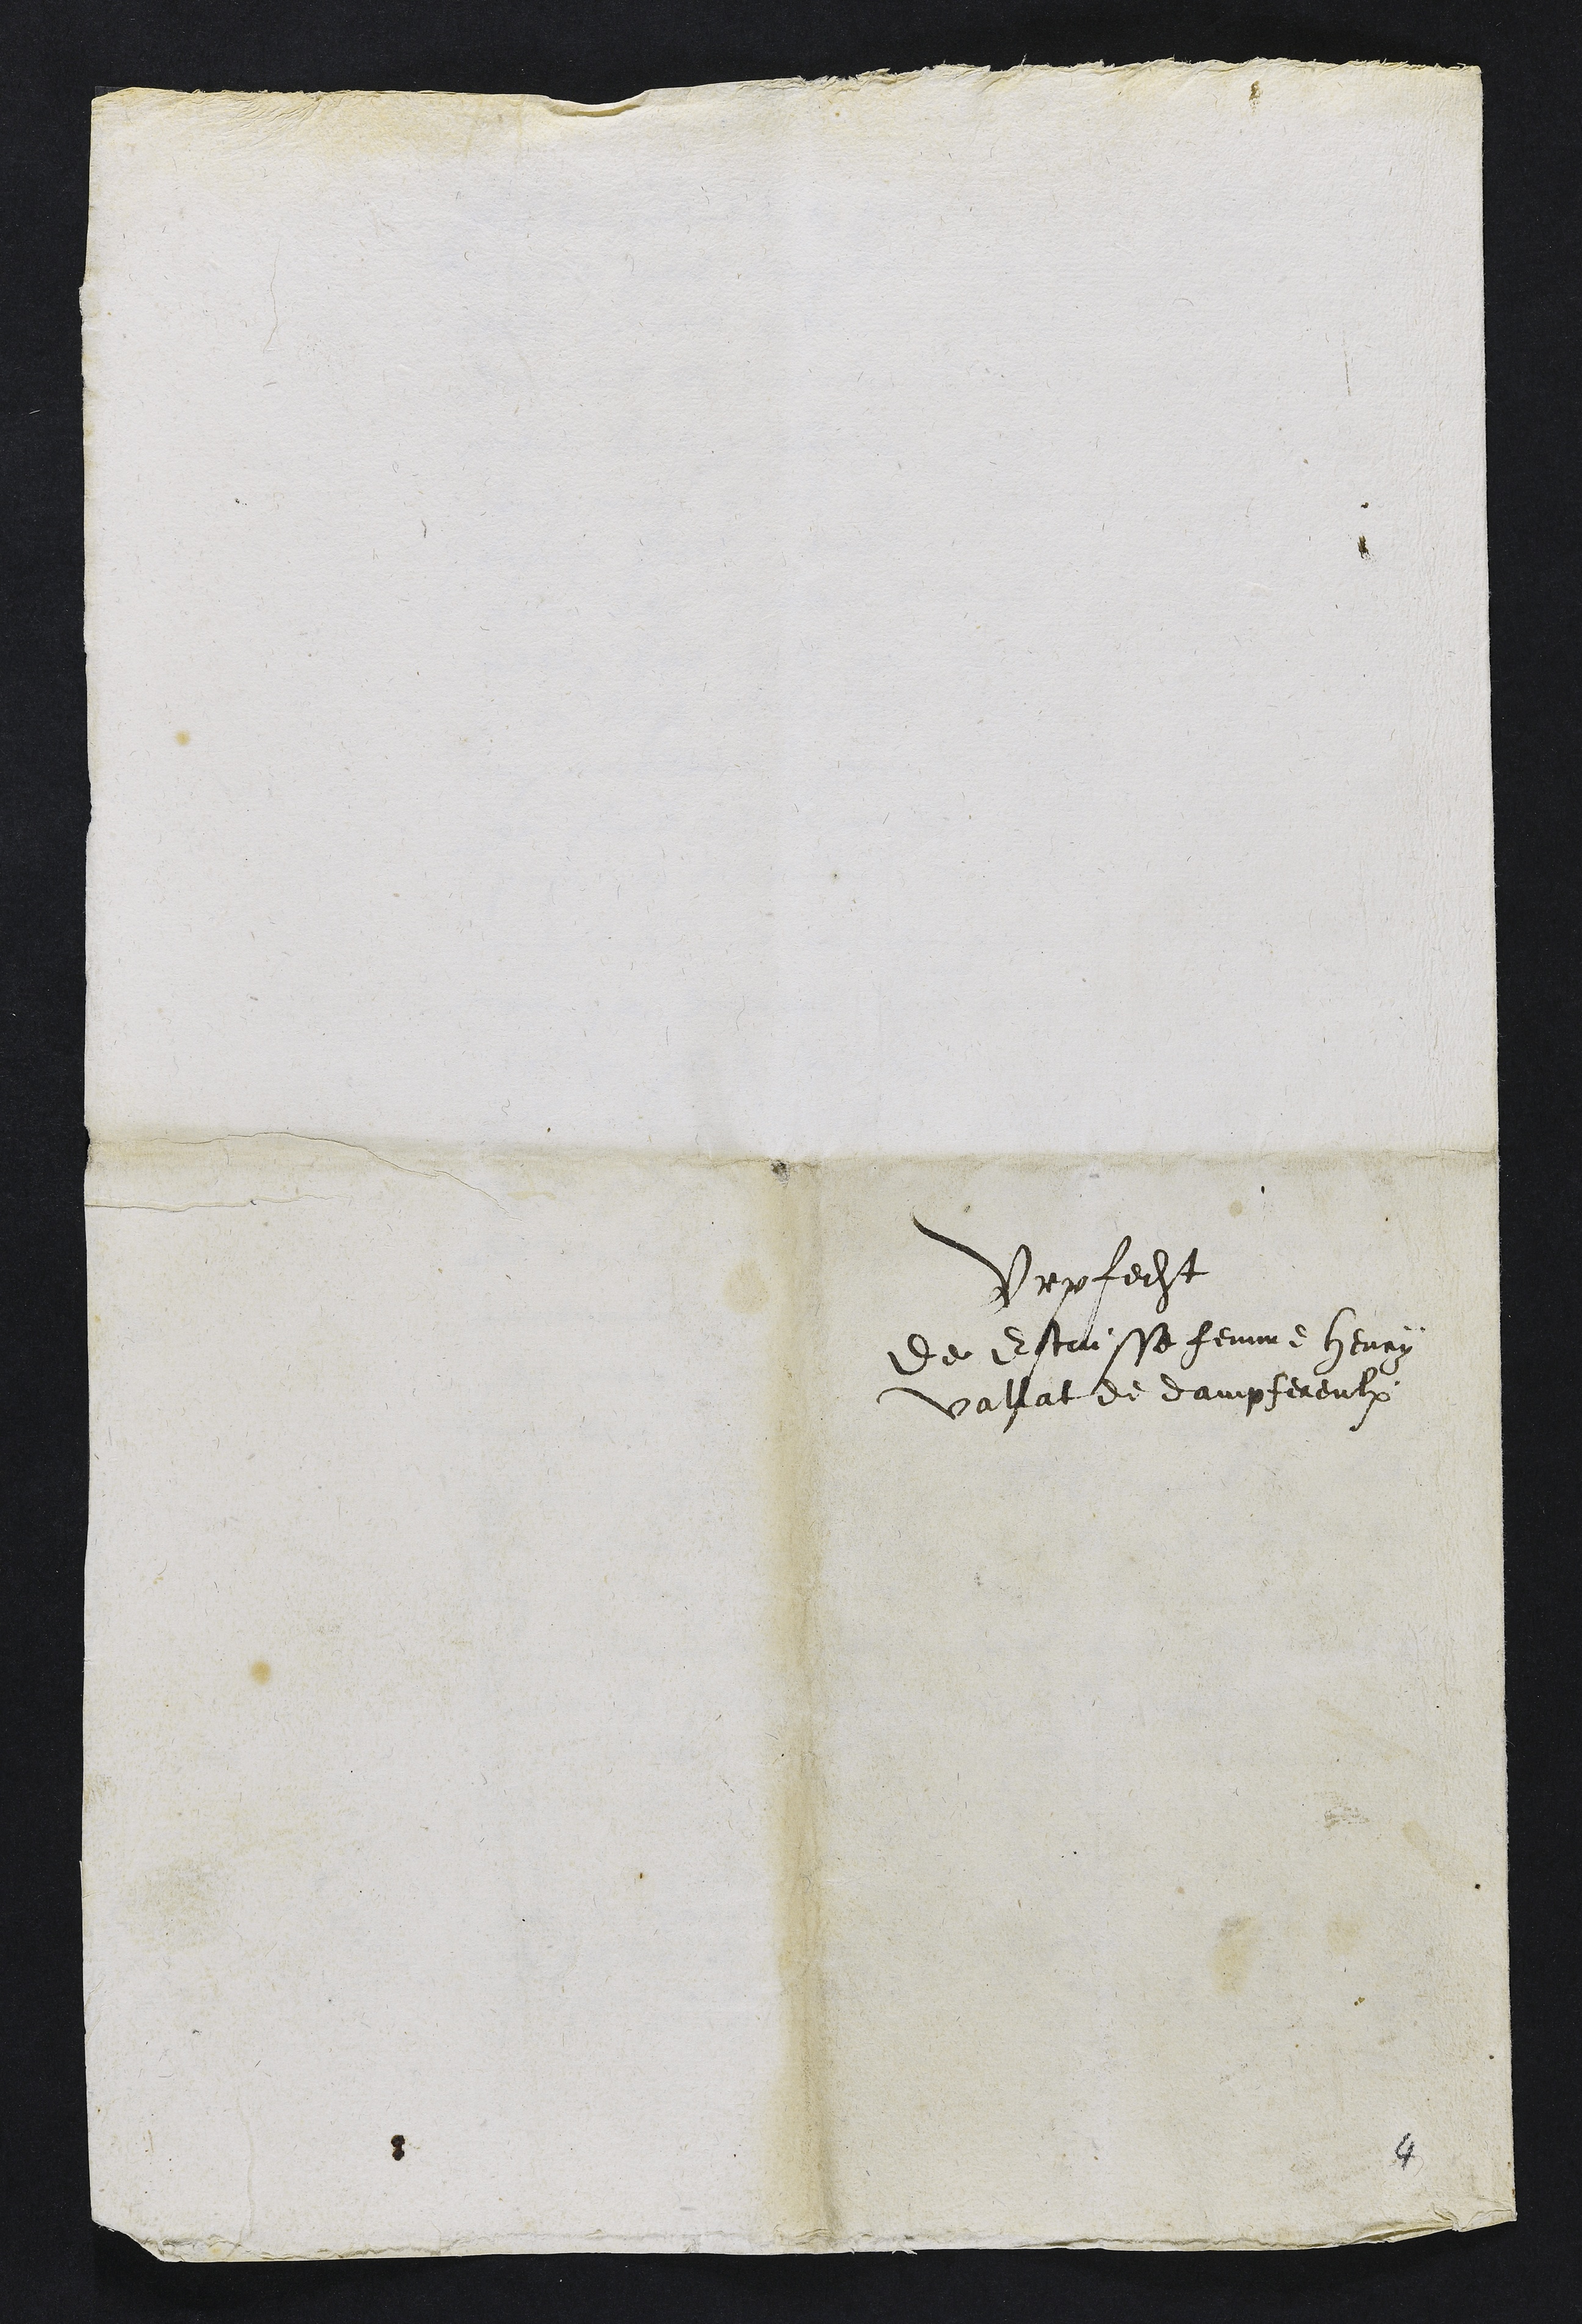
Urpfecht
de Estaisse femme henry
Vallat de dampfereulx

4